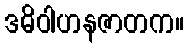
ဒဓိဝါဟနဇာတက။